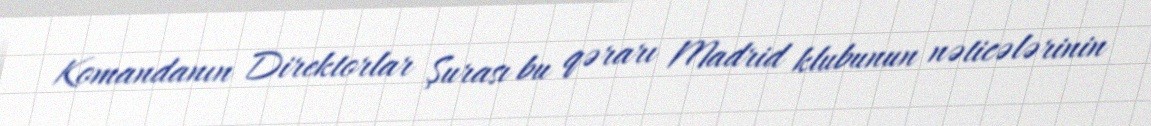
Komandanın Direktorlar Şurası bu qərarı Madrid klubunun nəticələrinin